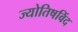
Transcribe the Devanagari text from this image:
ज्योतिषविंद